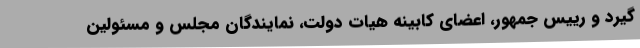
گیرد و رییس جمهور، اعضای کابینه هیات دولت، نمایندگان مجلس و مسئولین